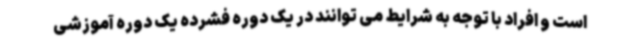
است و افراد با توجه به شرایط می توانند در یک دوره فشرده یک دوره آموزشی